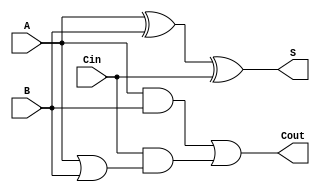
//Name:Matidios,Henry
//Description:Fulladder

`timescale 1ns/1ps

module fulladder(Cout,S,A,B,Cin);
	input A;
	input B;
	input Cin;
	output S;
	output Cout;
	wire w1;
	wire w2;
	wire w3;

	xor gate1 (S,A,B,Cin);
	or gate2 (w1,A,B);
	and gate3 (w2,A,B);
	and gate4 (w3,Cin,w1);
	or gate5 (Cout,w2,w3);
	
endmodule